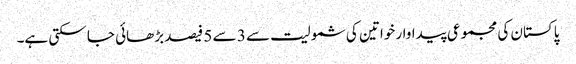
پاکستان کی مجموعی پیداوار خواتین کی شمولیت سے 3 سے 5 فیصد بڑھائی جا سکتی ہے۔